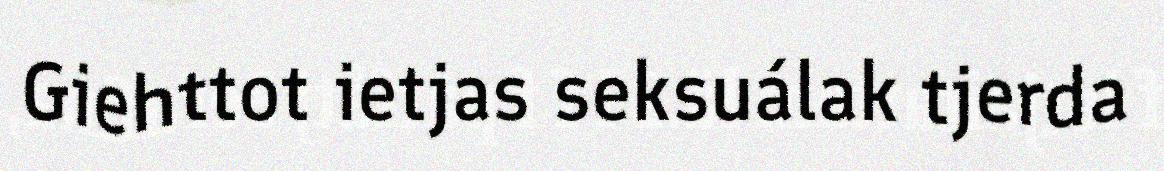
Giehttot ietjas seksuálak tjerda